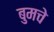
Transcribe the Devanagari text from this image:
बुमचे